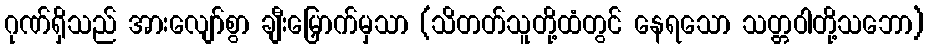
ဂုဏ်ရှိသည် အားလျော်စွာ ချီးမြှောက်မှသာ (သိတတ်သူတို့ထံတွင် နေရသော သတ္တဝါတို့သဘော)